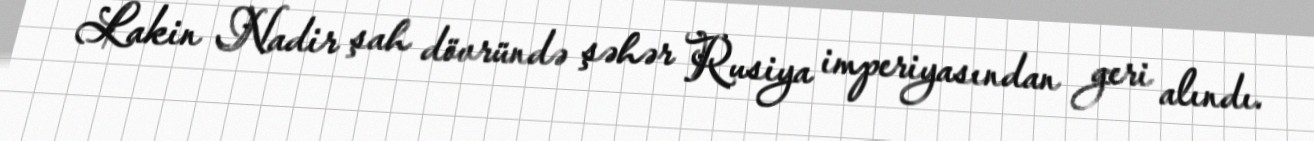
Lakin Nadir şah dövründə şəhər Rusiya imperiyasından geri alındı.